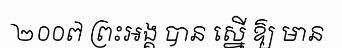
២០០៧ ព្រះអង្គ បាន ស្នើ ឱ្យ មាន